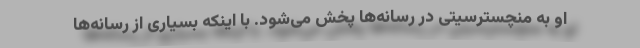
او به منچسترسیتی در رسانه‌ها پخش می‌شود. با اینکه بسیاری از رسانه‌ها